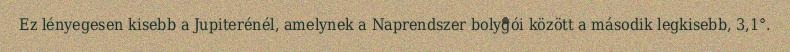
Ez lényegesen kisebb a Jupiterénél, amelynek a Naprendszer bolygói között a második legkisebb, 3,1°.